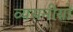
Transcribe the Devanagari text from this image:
व्यसनीयों